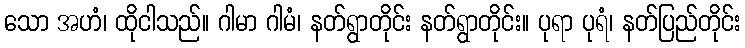
သော အဟံ၊ ထိုငါသည်။ ဂါမာ ဂါမံ၊ နတ်ရွာတိုင်း နတ်ရွာတိုင်း။ ပုရာ ပုရံ၊ နတ်ပြည်တိုင်း